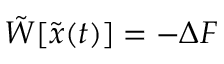
\tilde { W } [ \tilde { { \boldsymbol { x } } } ( t ) ] = - \Delta F